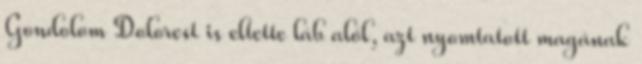
Gondolom Dolorest is eltette láb alól, azt nyomtatott magának